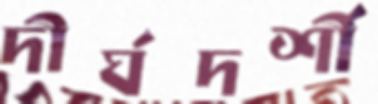
দীর্ঘদর্শী